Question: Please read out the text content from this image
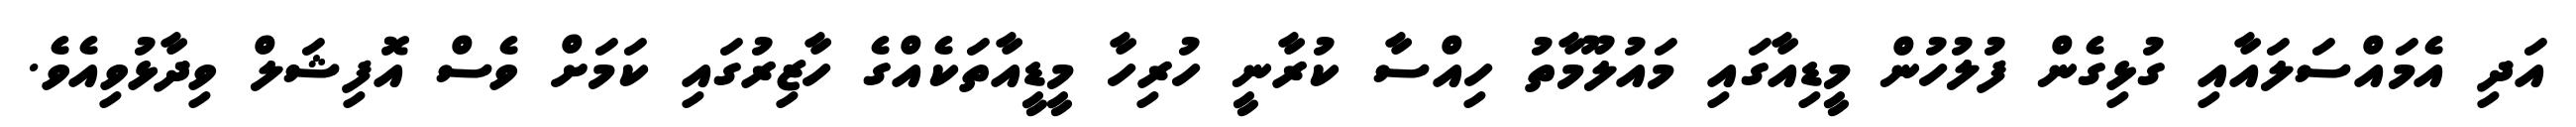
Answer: އަދި އެމައްސަލައާއި ގުޅިގެން ފުލުހުން މީޑިއާގައި މައުލޫމާތު ހިއްސާ ކުރާނީ ހުރިހާ މީޑީއާތަކެއްގެ ހާޒިރުގައި ކަމަށް ވެސް އޮފިޝަލް ވިދާޅުވިއެވެ.